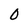
Character: o